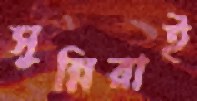
সুন্নিরাই